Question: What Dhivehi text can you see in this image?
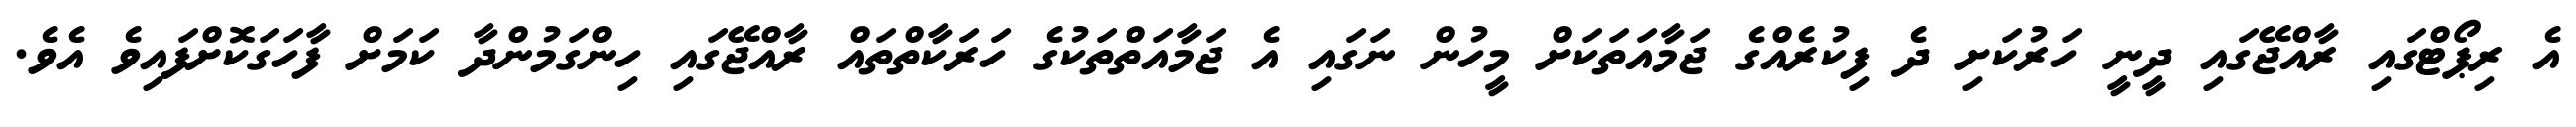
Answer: އެ ރިޕޯޓްގައި ރާއްޖޭގައި ދީނީ ހަރުކަށި ދެ ފިކުރެއްގެ ޖަމާއަތަކަށް މީހުން ނަގައި އެ ޖަމާއަތްތަކުގެ ހަރަކާތްތައް ރާއްޖޭގައި ހިންގަމުންދާ ކަމަށް ފާހަގަކޮށްފައިވެ އެވެ.